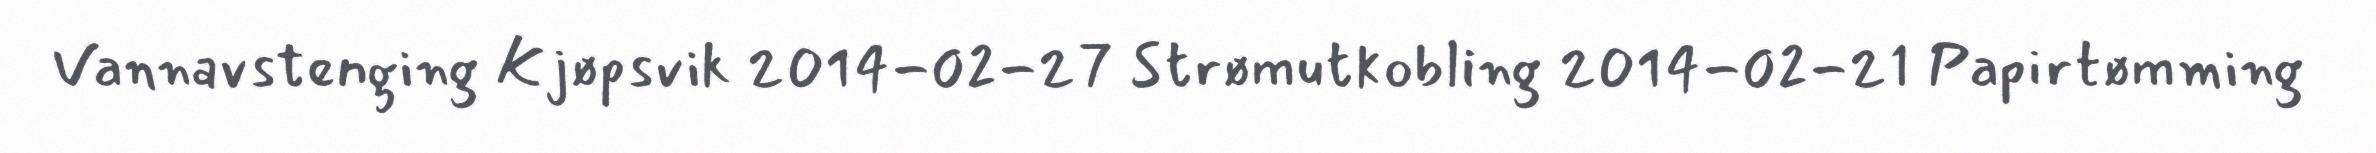
Vannavstenging Kjøpsvik 2014-02-27 Strømutkobling 2014-02-21 Papirtømming